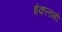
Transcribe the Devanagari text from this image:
इंक़लाबी